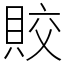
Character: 賋